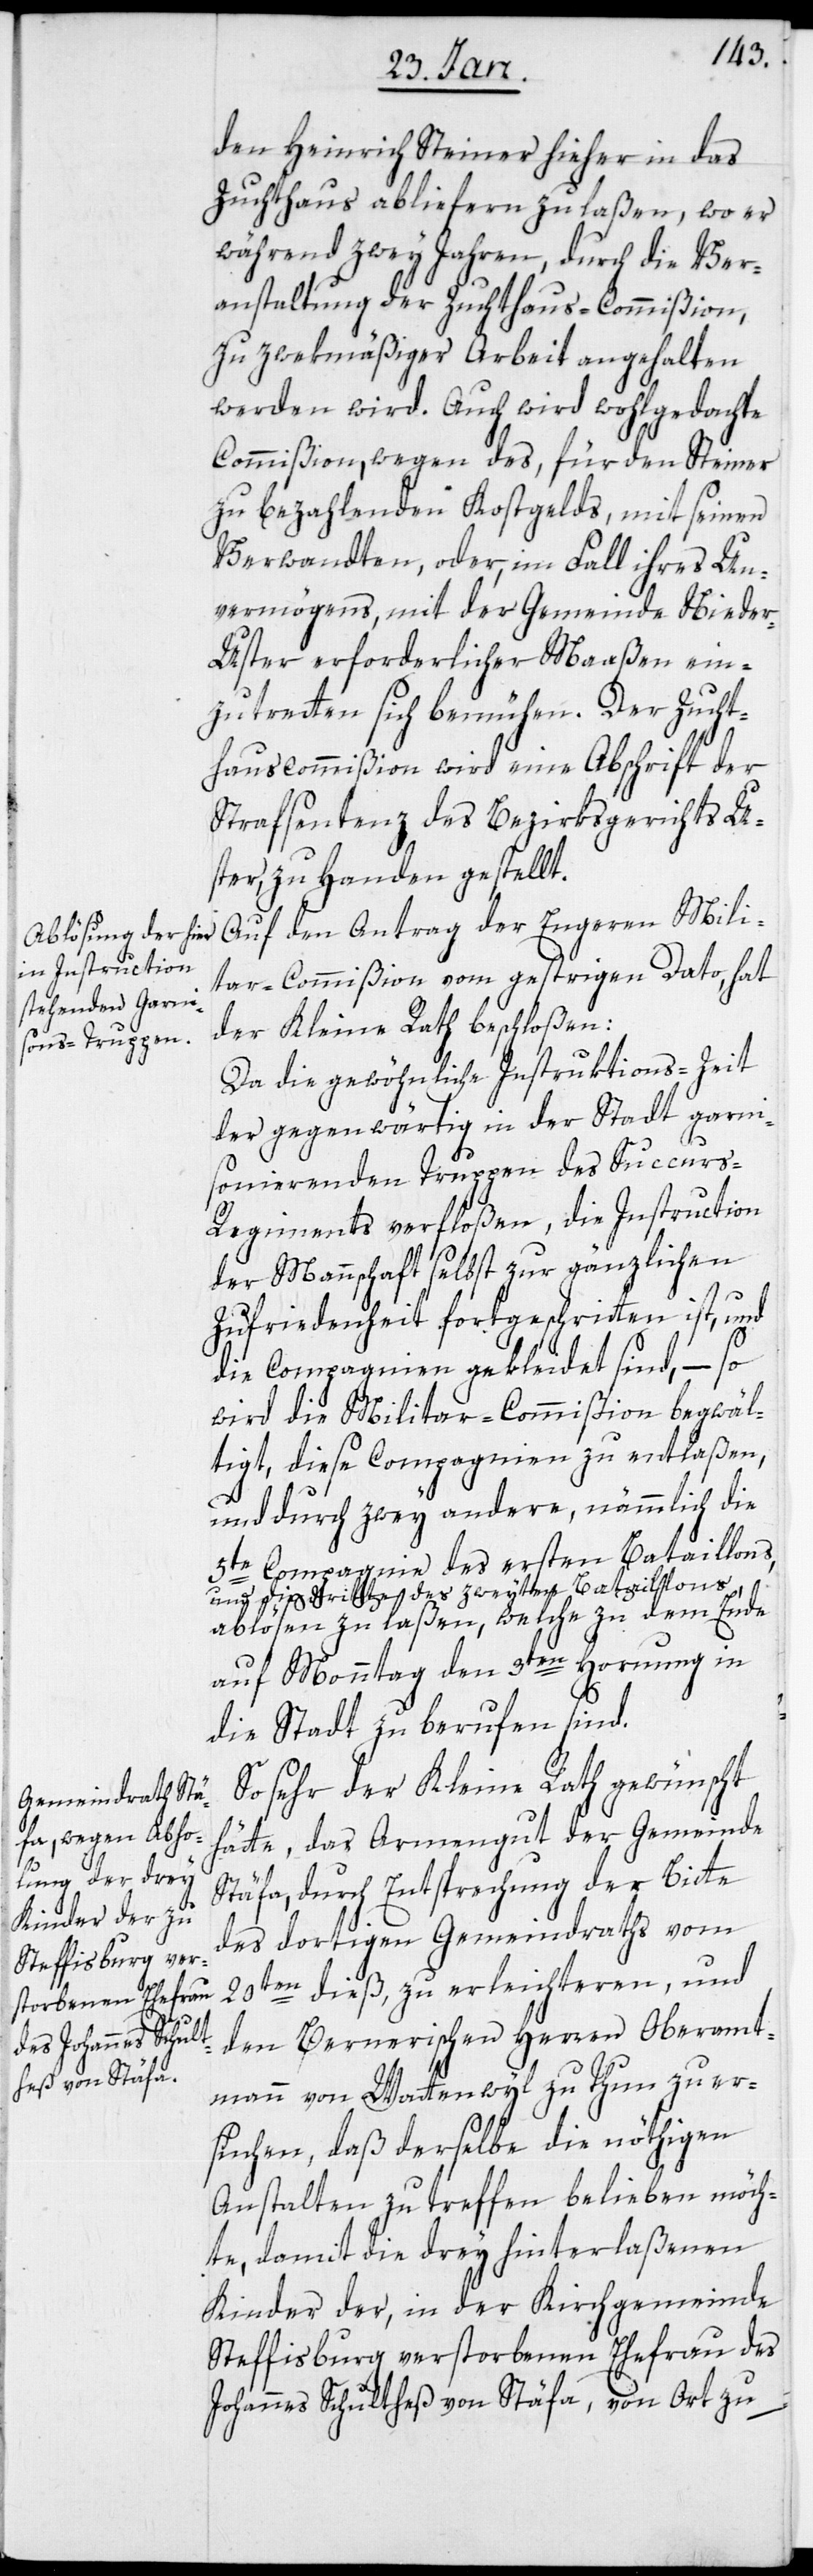
den Heinrich Steiner hieher in das
Zuchthaus abliefern zu laßen, wo er
während zwey Jahren, durch die Ver¬
anstaltung der Zuchthaus-Commißion,
zu zwekmäßiger Arbeit angehalten
werden wird. Auch wird wohlgedachte
Commißion, wegen des, für den Steiner
zu bezahlenden Kostgelds, mit seinen
Verwandten, oder, im Fall ihres Un¬
vermögens, mit der Gemeinde Nieder-U¬
ster erforderlicher Maaßen ein¬
zutretten sich bemühen. Der Zucht¬
hauscommißion wird eine Abschrift der
Strafsentenz des Bezirksgerichts U¬
ster, zu Handen gestellt.
Auf den Antrag der Engeren Milit¬
ar-Commißion vom gestrigen Dato, hat
der Kleine Rath beschloßen:
Da die gewöhnliche Instruktions-Zeit
der gegenwärtig in der Stadt garni¬
sonierenden Truppen des Succur¬
s-Regiments verfloßen, die Instruction
der Mannschaft selbst zur gänzlichen
Zufriedenheit fortgeschritten ist, und
die Compagnien gekleidet sind, – so
wird die Militar-Commißion begwäl¬
tigt, diese Compagnien zu entlaßen,
und durch zwey andere, nämmlich die
5te Compagnie des ersten Bataillons,
und die dritte des zweyten Bataillons,
ablösen zu laßen, welche zu dem Ende
auf Monntag den 3ten Hornung in
die Stadt zu berufen sind.
So sehr der Kleine Rath gewünscht
hätte, das Armengut der Gemeinde
Stäfa, durch Entsprechung der Bitte
des dortigen Gemeindraths vom
20sten dieß, zu erleichteren, und
den Bernerischen Herren Oberamt¬
mann von Wattenwyl zu Thun zu er¬
suchen, daß derselbe die nöthigen
Anstalten zu treffen belieben möch¬
te, damit die drey hinterlaßenen
Kinder der, in der Kirchgemeinde
Steffisburg verstorbenen Ehefrau des
Johannes Schultheß von Stäfa, von Ort zu